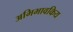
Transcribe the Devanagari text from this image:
अभिभावकिय